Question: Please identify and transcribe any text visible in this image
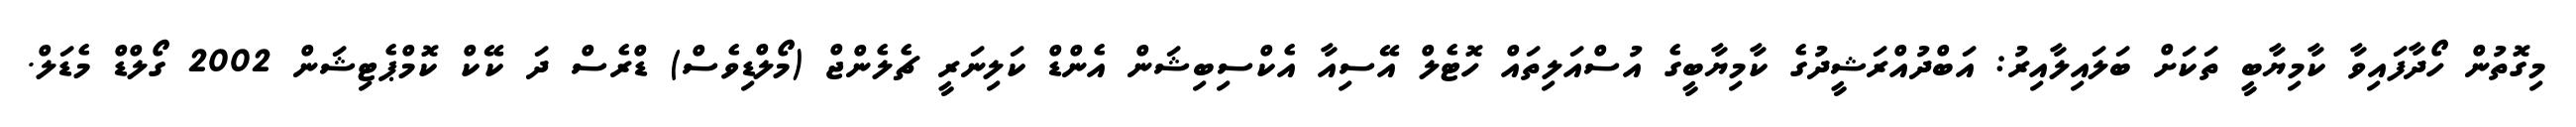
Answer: މިގޮތުން ހޯދާފައިވާ ކާމިޔާބީ ތަކަށް ބަލައިލާއިރު: އަބްދުއްރަޝީދުގެ ކާމިޔާބީގެ އުސްއަލިތައް ހޮޓެލް އޭސިއާ އެކްސިބިޝަން އެންޑް ކަލިނަރީ ޗެލެންޖް (މޯލްޑިވެސް) ޑްރެސް ދަ ކޭކް ކޮމްޕެޓިޝަން 2002 ގޯލްޑް މެޑަލް.